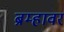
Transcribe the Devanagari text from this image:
ब्रम्हावर